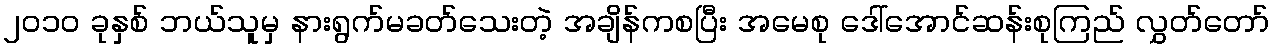
၂၀၁၀ ခုနှစ် ဘယ်သူမှ နားရွက်မခတ်သေးတဲ့ အချိန်ကစပြီး အမေစု ဒေါ်အောင်ဆန်းစုကြည် လွှတ်တော်